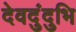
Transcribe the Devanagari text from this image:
देवदुंदुभि